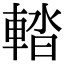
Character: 𨌭